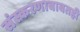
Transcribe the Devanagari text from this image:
संस्करणाबाबतही